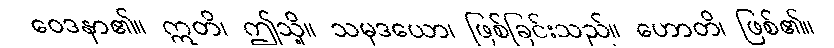
ဝေဒနာ၏။ ဣတိ၊ ဤသို့။ သမုဒယော၊ ဖြစ်ခြင်းသည်။ ဟောတိ၊ ဖြစ်၏။